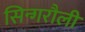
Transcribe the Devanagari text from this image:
सिन्गरौली